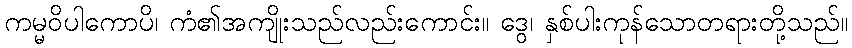
ကမ္မဝိပါကောပိ၊ ကံ၏အကျိုးသည်လည်းကောင်း။ ဒွေ၊ နှစ်ပါးကုန်သောတရားတို့သည်။